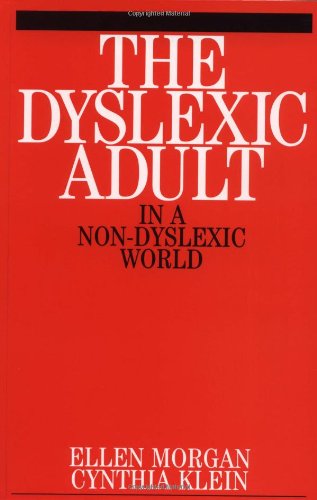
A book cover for The Dyslexic Adult in a Non-dyslexic World; Ellen Morgan; Health, Fitness & Dieting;